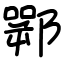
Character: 䣞